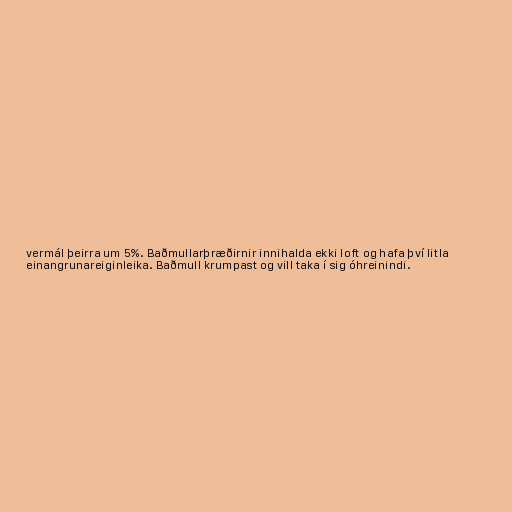
vermál þeirra um 5%. Baðmullarþræðirnir innihalda ekki loft og hafa því litla
einangrunareiginleika. Baðmull krumpast og vill taka í sig óhreinindi.